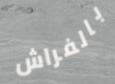
بالفراش